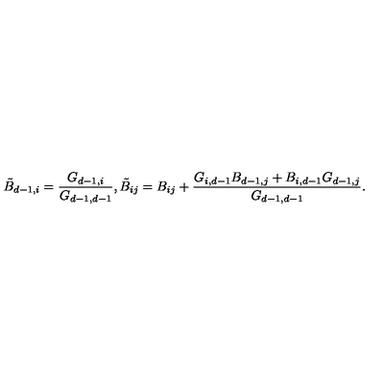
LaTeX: \tilde { B } _ { d - 1 , i } = \frac { G _ { d - 1 , i } } { G _ { d - 1 , d - 1 } } , \tilde { B } _ { i j } = B _ { i j } + \frac { G _ { i , d - 1 } B _ { d - 1 , j } + B _ { i , d - 1 } G _ { d - 1 , j } } { G _ { d - 1 , d - 1 } } .